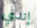
إندي